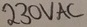
Text: 230VAC